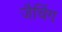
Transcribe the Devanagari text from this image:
जैचिंग